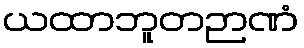
ယထာဘူတဉာဏံ